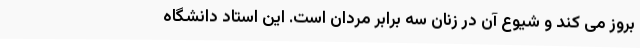
بروز می کند و شیوع آن در زنان سه برابر مردان است. این استاد دانشگاه